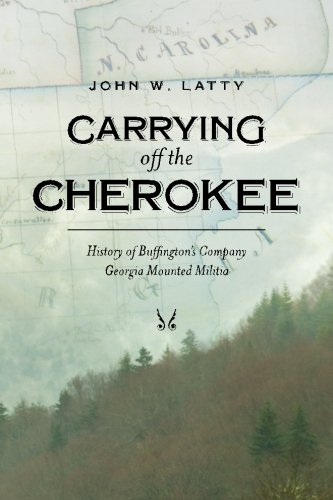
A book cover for Carrying off the Cherokee: History of Buffington's Company Georgia Mounted Militia; John W Latty; Crafts, Hobbies & Home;